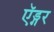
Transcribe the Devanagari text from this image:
ऍड्गर